Indian journal of veterinary science and animal husbandry - Volumes 24-25, 1954-1955
Year: 1954
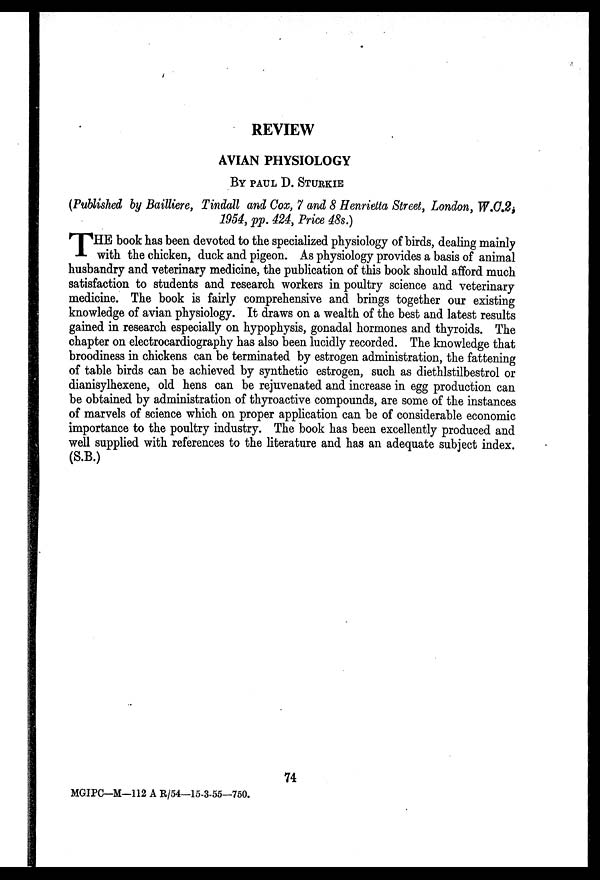
REVIEW
AVIAN PHYSIOLOGY
BY PAUL D. STURKIE
(Published by Bailliere, Tindall and Cox, 7 and 8 Henrietta Street, London, W.C.2,
1954, pp. 424, Price 48s.)
T HE book has been devoted to the specialized physiology of birds, dealing mainly
with the chicken, duck and pigeon. As physiology provides a basis of animal
husbandry and veterinary medicine, the publication of this book should afford much
satisfaction to students and research workers in poultry science and veterinary
medicine. The book is fairly comprehensive and brings together our existing
knowledge of avian physiology. It draws on a wealth of the best and latest results
gained in research especially on hypophysis, gonadal hormones and thyroids. The
chapter on electrocardiography has also been lucidly recorded. The knowledge that
broodiness in chickens can be terminated by estrogen administration, the fattening
of table birds can be achieved by synthetic estrogen, such as diethlstilbestrol or
dianisylhexene, old hens can be rejuvenated and increase in egg production can
be obtained by administration of thyroactive compounds, are some of the instances
of marvels of science which on proper application can be of considerable economic
importance to the poultry industry. The book has been excellently produced and
well supplied with references to the literature and has an adequate subject index.
(S.B.)
74
MGIPC—M—112 A R/54—15-3-55—750.